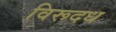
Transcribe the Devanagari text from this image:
विरूदध